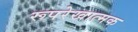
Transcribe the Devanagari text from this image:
रूपरेखात्मक